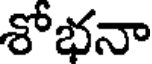
శోభనా